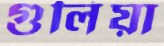
গুলিয়া